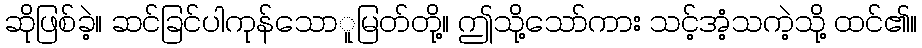
ဆိုဖြစ်ခဲ့။ ဆင်ခြင်ပါကုန်သောူမြတ်တို့။ ဤသို့သော်ကား သင့်အံ့သကဲ့သို့ ထင်၏။